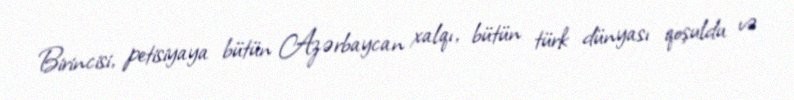
Birincisi, petisiyaya bütün Azərbaycan xalqı, bütün türk dünyası qoşuldu və